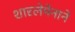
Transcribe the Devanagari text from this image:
शारलेमेनाने